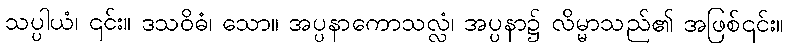
သပ္ပါယံ၊ ၎င်း။ ဒသဝိဓံ၊ သော။ အပ္ပနာကောသလ္လံ၊ အပ္ပနာ၌ လိမ္မာသည်၏ အဖြစ်၎င်း။